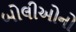
બોલીઓનો